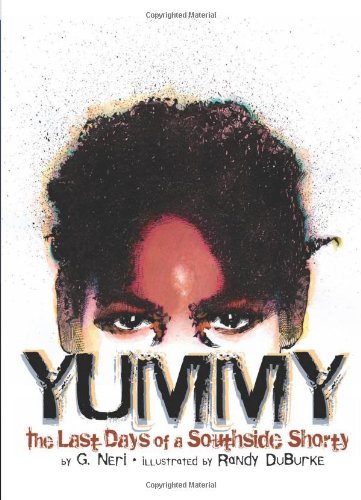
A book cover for Yummy: The Last Days of a Southside Shorty; G. Neri; Children's Books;